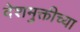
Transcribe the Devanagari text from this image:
देशमुक्तीच्या